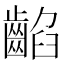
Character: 䶟